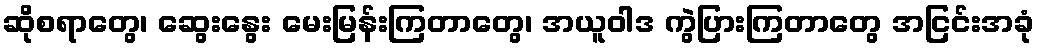
ဆိုစရာတွေ၊ ဆွေးနွေး မေးမြန်းကြတာတွေ၊ အယူဝါဒ ကွဲပြားကြတာတွေ အငြင်းအခုံ